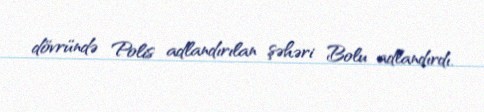
dövründə Polis adlandırılan şəhəri Bolu adlandırdı.